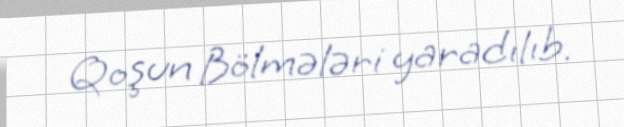
Qoşun Bölmələri yaradılıb.